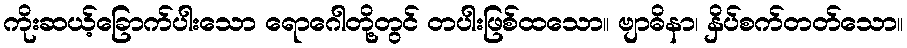
ကိုးဆယ့်ခြောက်ပါးသော ရောဂေါတို့တွင် တပါးဖြစ်ထသော။ ဗျာဓိနာ၊ နှိပ်စက်တတ်သော။